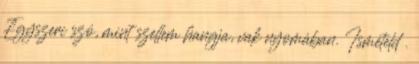
Egyszeri szó, mint szellem hangja, vak nyomában. Ismételd .